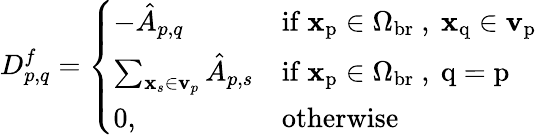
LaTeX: D_{p,q}^{f}=\left\{ \begin{array}{ll}{-\hat{A}_{p,q}}&{\mathrm{if~\mathbf{x}_p\in\Omega_{br}~,~\mathbf{x}_q\in\mathbf{v}_p~}}\\ {\sum_{\mathbf{x}_{s}\in\mathbf{v}_{p}}\hat{A}_{p,s}}&{\mathrm{if~\mathbf{x}_p\in\Omega_{br}~,~q=p~}}\\ {0,}&{\mathrm{otherwise}}\end{array}\right.